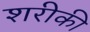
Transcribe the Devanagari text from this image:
शरीकी